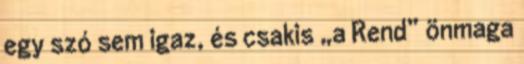
egy szó sem igaz, és csakis „a Rend” önmaga